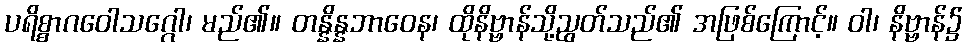
ပရိစ္စာဂဝေါသဂ္ဂေါ၊ မည်၏။ တန္နိန္နဘာဝေန၊ ထိုနိဗ္ဗာန်သို့ညွတ်သည်၏ အဖြစ်ကြောင့်။ ဝါ၊ နိဗ္ဗာန်၌